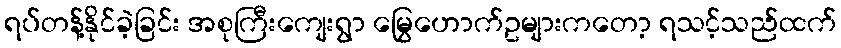
ရပ်တန့်နိုင်ခဲ့ခြင်း အစုကြီးကျေးရွာ မြွေဟောက်ဥများကတော့ ရသင့်သည်ထက်